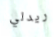
ريدلي